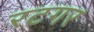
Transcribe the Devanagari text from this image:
रटगर